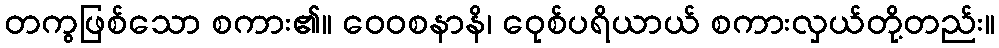
တကွဖြစ်သော စကား၏။ ဝေဝစနာနိ၊ ဝေုစ်ပရိယာယ် စကားလှယ်တို့တည်း။